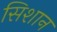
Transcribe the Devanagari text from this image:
सिशान